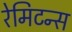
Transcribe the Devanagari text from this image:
रेमिटन्स